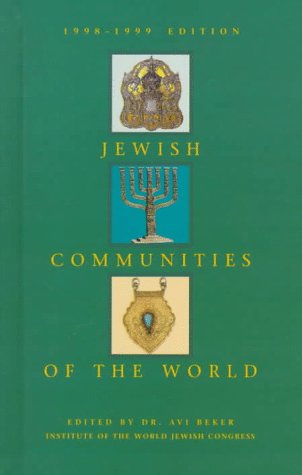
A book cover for Jewish Communities of the World (Jewish Communities in the World); Teen & Young Adult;